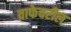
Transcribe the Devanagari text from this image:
वाफेवरील